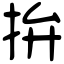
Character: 拚